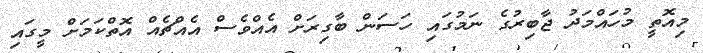
މިއޮތީ މުހައްމަދު ޖާބިރުގެ ނަމުގައި ހަސަން ބާގިރަށް އެއްވެސް އެއްޗެއް އޮތްކަމަށް މީގައި